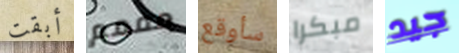
أبقت مممم سأوقع مبكرا جيد